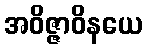
အဝိဇ္ဇာဝိနယေ